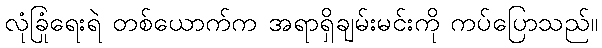
လုံခြုံရေးရဲ တစ်ယောက်က အရာရှိချမ်းမင်းကို ကပ်ပြောသည်။